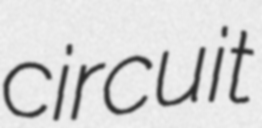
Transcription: circuit